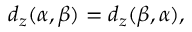
\begin{array} { r } { d _ { z } ( \alpha , \beta ) = d _ { z } ( \beta , \alpha ) , } \end{array}